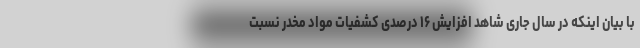
با بیان اینکه در سال جاری شاهد افزایش ۱۶ درصدی کشفیات مواد مخدر نسبت